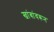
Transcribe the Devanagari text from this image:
खांबांवरून